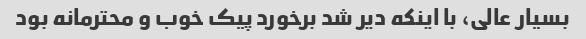
بسیار عالی، با اینکه دیر شد برخورد پیک خوب و محترمانه بود